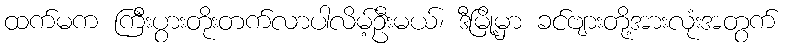
ထက်မက ကြီးပွားတိုးတက်လာပါလိမ့်ဦးမယ်၊ ဒီမြို့မှာ ခင်ဗျားတို့အားလုံးအတွက်